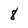
Character: 8